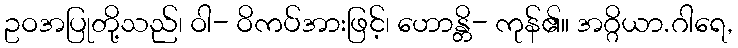
ဥဝအပြုတို့သည်၊ ဝါ- ဝိကပ်အားဖြင့်၊ ဟောန္တိ- ကုန်၏။ အဂ္ဂိယာ.ဂါရေ,